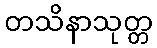
တသိနာသုတ္တ